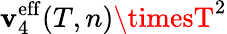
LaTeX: \mathbf{v}_{4}^{\mathrm{{eff}}}(T,n)\timesT^{2}